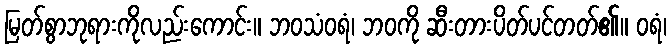
မြတ်စွာဘုရားကိုလည်းကောင်း။ ဘဝသံဝရံ၊ ဘဝကို ဆီးတားပိတ်ပင်တတ်၏။ ဝရံ၊